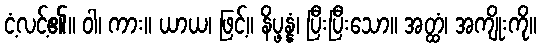
ငံ့လင့်၏။ ဝါ၊ ကား။ ယာယ၊ ဖြင့်။ နိပ္ဖန္နံ၊ ပြီးပြီးသော။ အတ္ထံ၊ အကျိုးကို။